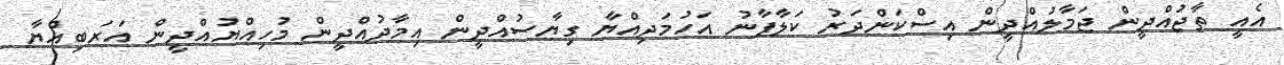
އެއީ ތާޖުއްދީން ޖަމާލުއްދީން އިސްކަންދަރު ކަލާފާނު އަހުމަދިއްޔާ ގިޔާސުއްދީން އިމާދުއްދީން މުހިއްޔުއްދީން އަރަބިއްޔާ